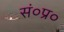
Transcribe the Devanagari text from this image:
सं०प्र०